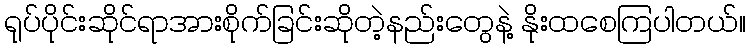
ရုပ်ပိုင်းဆိုင်ရာအားစိုက်ခြင်းဆိုတဲ့နည်းတွေနဲ့ နိုးထစေကြပါတယ်။